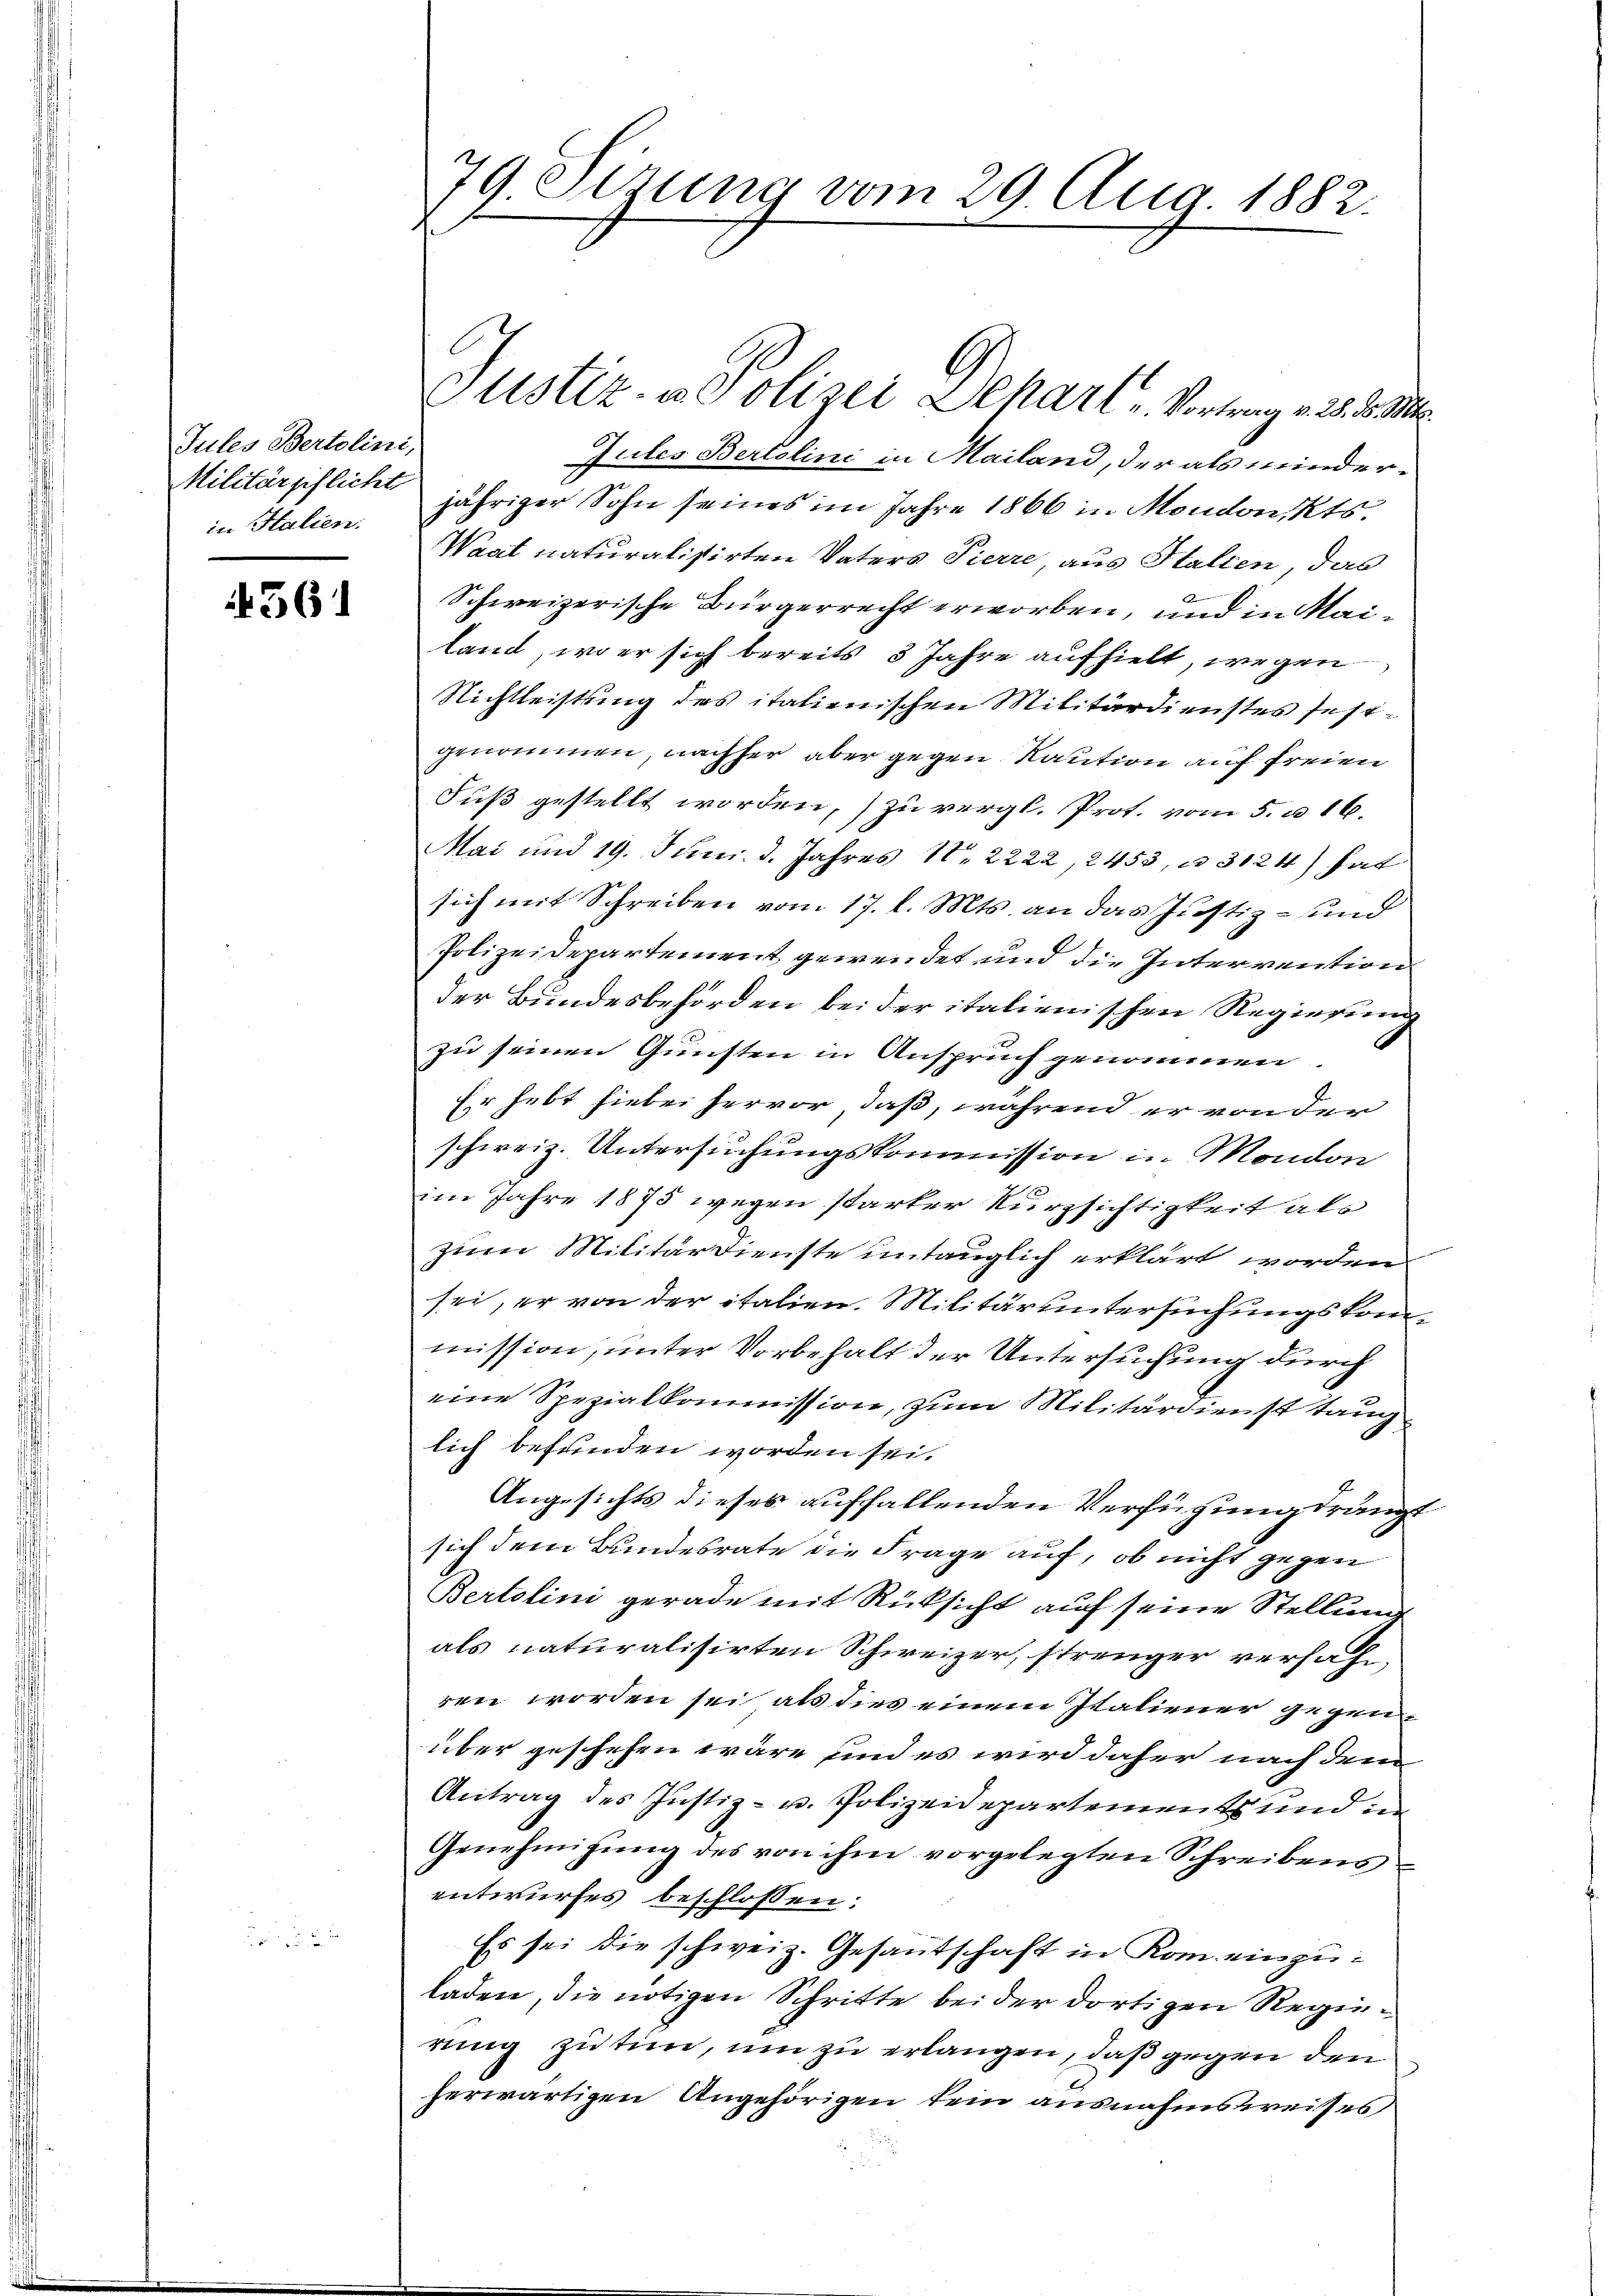
Jules Bertolini,
in Halien.

361

79. Sizung vom 29. Aug. 1882.

Justiz- u. Polizei Alkart Vortrag v. 28. d. Mts.
Jules Bertolini in Mailand, der als minder-
Militärpflicht jähriger Sohn seines im Jahre 1866 in Moudonikts.
Waat naturalistirten Vaters Pierre, aus Stalien, das
Schweizerische Bürgerrecht erworben, und in Mailand, wo er sich bereits 3 Jahre aufhielt, wegen
Nichtleistung des italienischen Militärdienstes festgenommen, nachher aber gegen Kaution auf freien
Fuß gestellt worden,) zu vergl. Prot. vom 5. u 16.
Mai und 19. Juni d. Jahres N. 2222, 2453, u. 3124) hat
sich mit Schreiben vom 17. l. Mts. an das Justiz- und
Polizeidepartement gewendet und die Intervention
der Bundesbehörden bei der italienischen Regierung
zu seinen Gunsten in Anspruch genommen.
Er hebt hiebei hervor, daß, während er von der
schweiz. Untersuchungskommission in Mondon
im Jahre 1875 wegen starker Kurzsichtigkeit als
zum Militärdienste untauglich erklärt worden
sei, er von der italien. Militär untersuchungskommission, unter Vorbehalt der Untersuchung durch
eine Spezialkommission, zum Militärdienst tauglich befunden worden sei.
Angesichts dieses auffallenden Verfügung drängt
sich dem Bundesrate die Frage auf, ob nicht gegen
Bertolini gerade mit Rücksicht auf seine Stellung
als naturalisirten Schweizer, strenger versah,
ren worden sei, als dies einem Italiener gegen
über geschehen wäre und es wird daher nach dem
Antrag des Justiz- u. Polizeidepartement und im
Genehmigung des von ihm vorgelegten Schreibensentwurfes beschlossen:
Es sei die schweiz. Gesantschaft in Rom einzuladen, die nötigen Schritte bei der dortigen Regierung zu tun, um zu erlangen, daß gegen den
herwärtigen Angehörigen kein ausnahmsweises